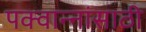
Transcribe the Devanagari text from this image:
पक्वान्नांसाठी